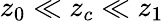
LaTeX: z_{0}\ll z_{c}\ll z_{1}